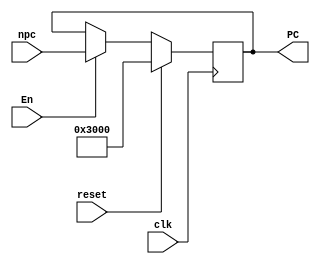
`timescale 1ns / 1ps
//////////////////////////////////////////////////////////////////////////////////
// Company: 
// Engineer: 
// 
// Design Name: 
// Module Name:    GetNpc 
// Project Name: 
// Target Devices: 
// Tool versions: 
// Description: 
//
// Dependencies: 
//
// Revision: 
// Revision 0.01 - File Created
// Additional Comments: 
//
//////////////////////////////////////////////////////////////////////////////////
module GetNpc(npc,reset,clk,En,PC);
	input [31:0]npc;
	input reset,clk,En;
	output reg [31:0] PC ;
	initial PC=32'h00003000;
	
	always@(posedge clk) begin
		if(reset==1) PC<=32'h00003000;
		else if(En==1) begin
			PC<=npc;
		end
	end


endmodule